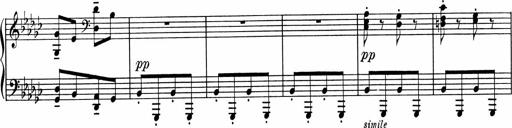
Title: Sonatine pour piano
Composer: Albert Roussel